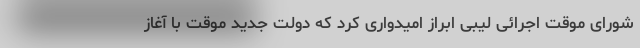
شورای موقت اجرائی لیبی ابراز امیدواری کرد که دولت جدید موقت با آغاز